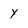
Character: Y